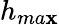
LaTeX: h_{ma\mathbf{x}}